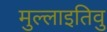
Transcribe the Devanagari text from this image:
मुल्लाइतिवु